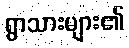
ရွာသားများ၏